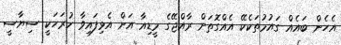
އެހެން ބައެއް ގައުމުތަކެކޭ އެއްގޮތަށް ރާއްޖޭގެ މީޑިއާ އަށް އެޅިފައިވާ ހުރަހަކީ ސިޔާސީ